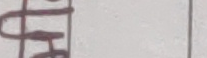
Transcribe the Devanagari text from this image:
लिका